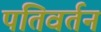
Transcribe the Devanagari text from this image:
पतिवर्तन